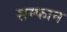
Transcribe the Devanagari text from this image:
सम्फान